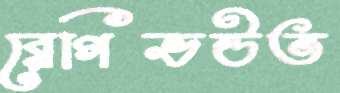
রেগিভউত